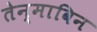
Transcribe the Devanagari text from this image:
तेन्माविन